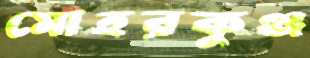
মোহরকুঞ্জ